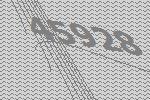
45928